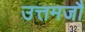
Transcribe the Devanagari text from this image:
उत्तमजौ